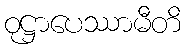
ဝုဋ္ဌာပေဿာမီတိ